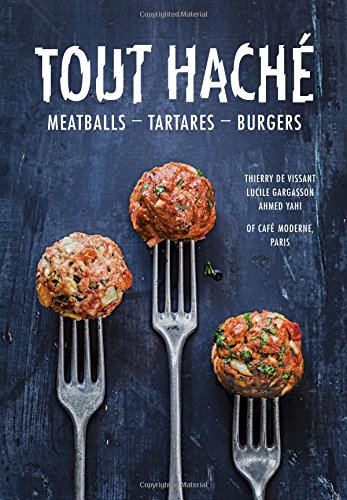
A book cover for Tout Hache: Meatballs, Tartares, Burgers; Cafe Moderne; Cookbooks, Food & Wine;